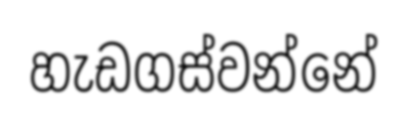
හැඩගස්වන්නේ